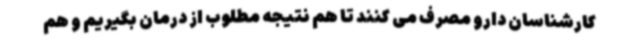
کارشناسان دارو مصرف می کنند تا هم نتیجه مطلوب از درمان بگیریم و هم